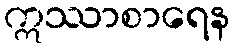
ဣဿာစာရေန